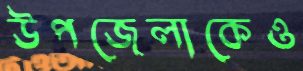
উপজেলাকেও